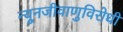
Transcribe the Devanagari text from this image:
न्यूनजीवाणुविरोधी